画像に写った文字を読んでください
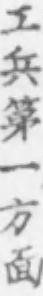
「工兵第一方面」と書いてあります